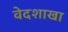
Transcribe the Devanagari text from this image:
वेदशाखा